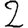
Digit: 2